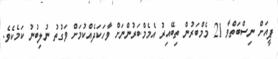
ޕީއަށް ނިސްބަތްވާ 21 މެމްބަރުން ތިބޭއިރު އެމެމްބަރުންނަށް ވާހަކަދެއްކުމަށް ވަގުތު ނުލިބުނު ކަމެކެވެ.